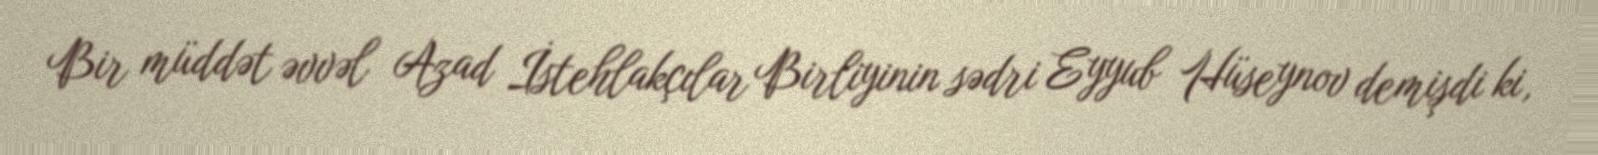
Bir müddət əvvəl Azad İstehlakçılar Birliyinin sədri Eyyub Hüseynov demişdi ki,